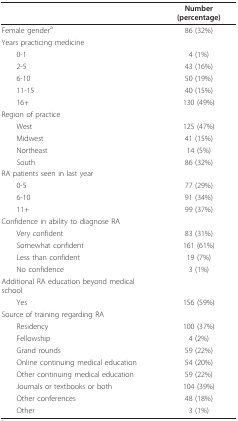
|  | Number (percentage) |
 | --- | --- |
 | Female gendera | 86 (32%) |
 | Years practicing medicine |  |
 | 0-1 | 4 (1%) |
 | 2-5 | 43 (16%) |
 | 6-10 | 50 (19%) |
 | 11-15 | 40 (15%) |
 | 16+ | 130 (49%) |
 | Region of practice |  |
 | West | 125 (47%) |
 | Midwest | 41 (15%) |
 | Northeast | 14 (5%) |
 | South | 86 (32%) |
 | RA patients seen in last year |  |
 | 0-5 | 77 (29%) |
 | 6-10 | 91 (34%) |
 | 11+ | 99 (37%) |
 | Confidence in ability to diagnose RA |  |
 | Very confident | 83 (31%) |
 | Somewhat confident | 161 (61%) |
 | Less than confident | 19 (7%) |
 | No confidence | 3 (1%) |
 | Additional RA education beyond medical school |  |
 | Yes | 156 (59%) |
 | Source of training regarding RA |  |
 | Residency | 100 (37%) |
 | Fellowship | 4 (2%) |
 | Grand rounds | 59 (22%) |
 | Online continuing medical education | 54 (20%) |
 | Other continuing medical education | 59 (22%) |
 | Journals or textbooks or both | 104 (39%) |
 | Other conferences | 48 (18%) |
 | Other | 3 (1%) |